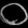
Digit: ၀